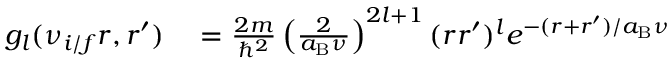
\begin{array} { r l } { g _ { l } ( \nu _ { i / f } r , r ^ { \prime } ) } & { { } = \frac { 2 m } { \hbar ^ { 2 } } \left( \frac { 2 } { a _ { \mathrm { B } } \nu } \right) ^ { 2 l + 1 } ( r r ^ { \prime } ) ^ { l } e ^ { - ( r + r ^ { \prime } ) / a _ { \mathrm { B } } \nu } } \end{array}